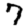
Digit: 7